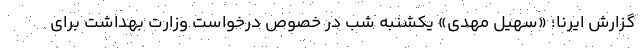
گزارش ایرنا؛ «سهیل مهدی» یکشنبه شب در خصوص درخواست وزارت بهداشت برای